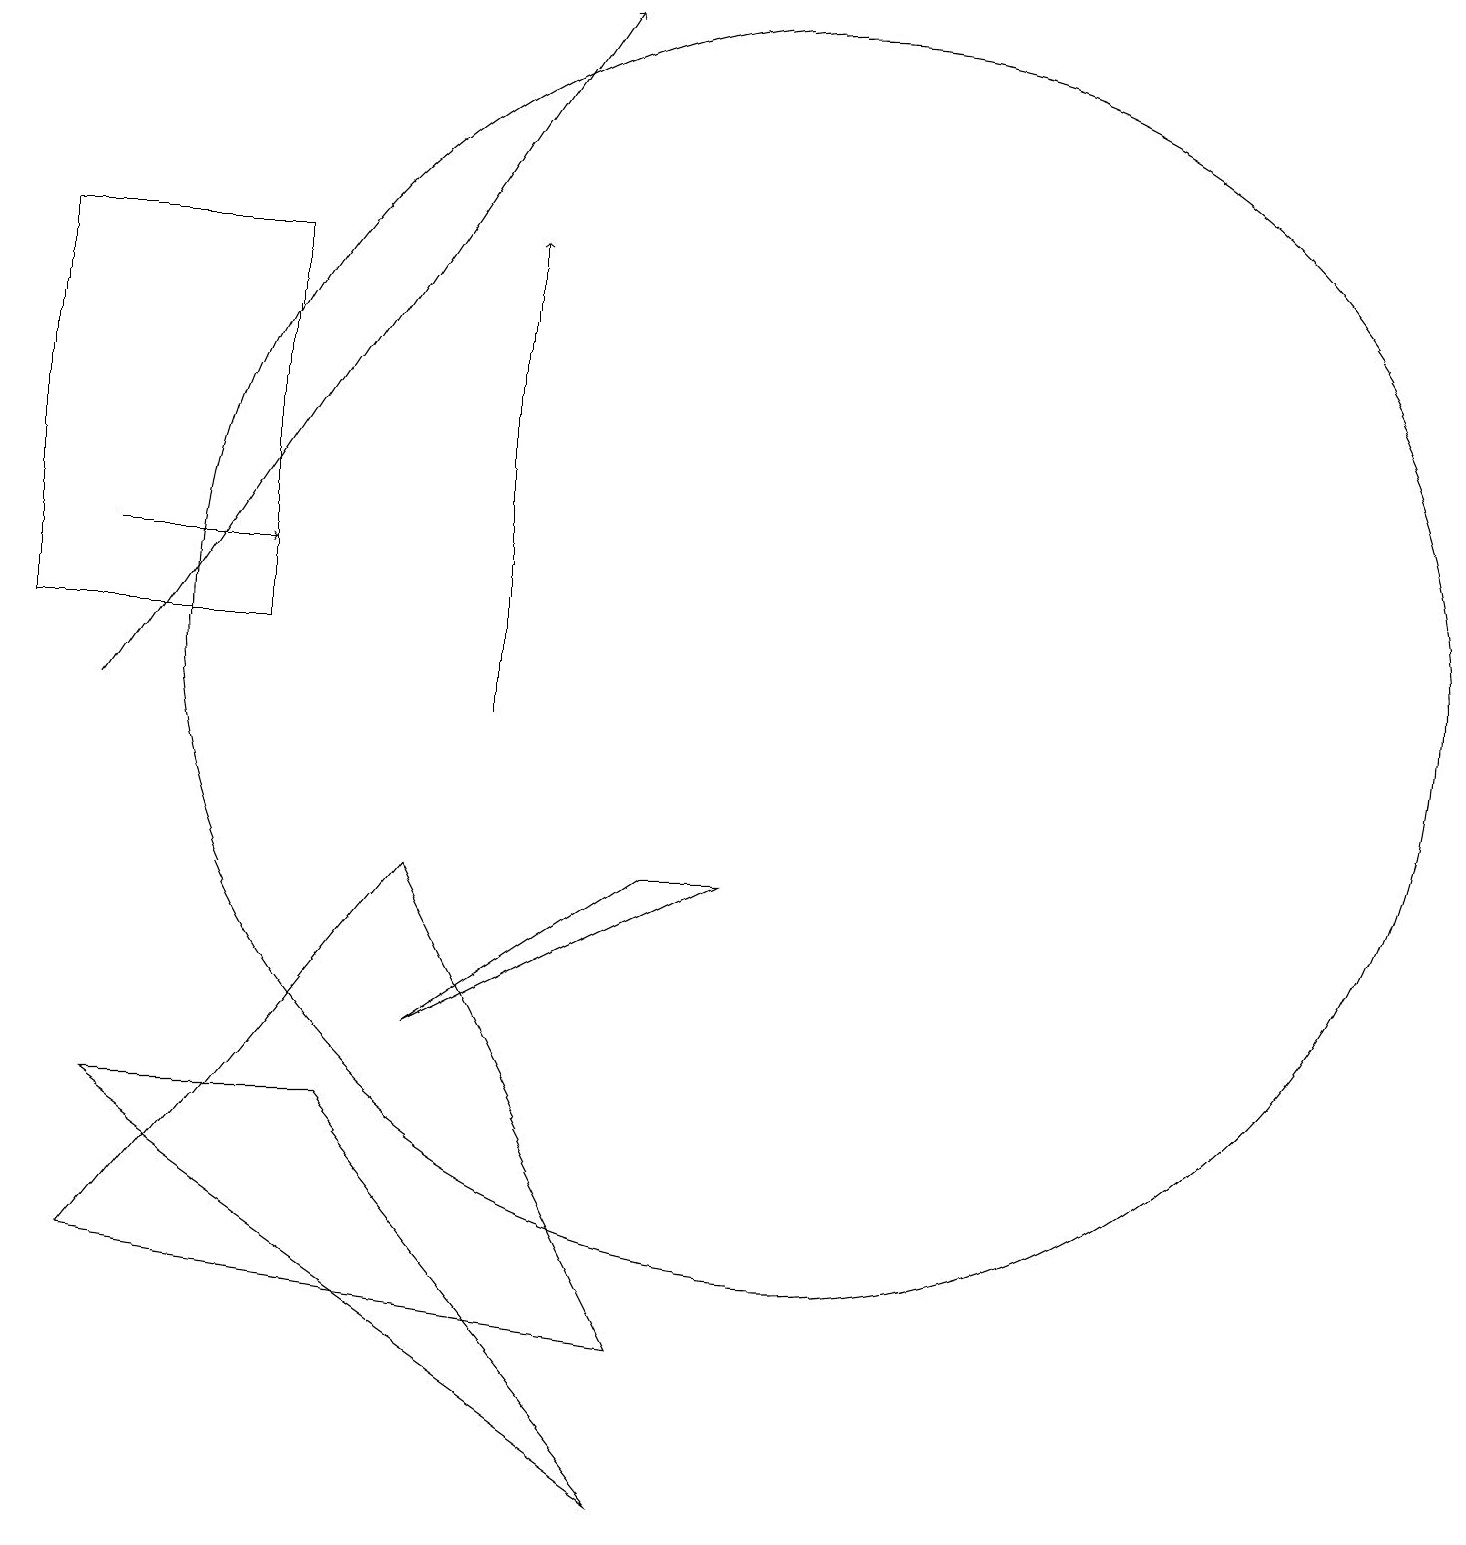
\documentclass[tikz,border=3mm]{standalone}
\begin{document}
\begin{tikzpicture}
\draw[->] (1,12) -- (3,12);
\draw (5,8) -- (8,2) -- (1,3) -- cycle;
\draw[->] (6,10) -- (6,16);
\draw (8,0) -- (1,5) -- (4,5) -- cycle;
\draw (5,6) -- (8,8) -- (9,8) -- cycle;
\draw[->] (1,10) -- (7,19);
\draw (10,11) circle (8);
\draw (0,11) rectangle (3,16);
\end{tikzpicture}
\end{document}